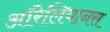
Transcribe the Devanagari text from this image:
ऑरेलियानस